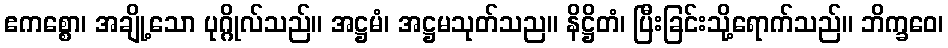
ဧကစ္စော၊ အချို့သော ပုဂ္ဂိုလ်သည်။ အဋ္ဌမံ၊ အဋ္ဌမသုတ်သည။ နိဋ္ဌိတံ၊ ပြီးခြင်းသို့ရောက်သည်။ ဘိက္ခဝေ၊